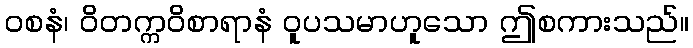
ဝစနံ၊ ဝိတက္ကဝိစာရာနံ ဝူပသမာဟူသော ဤစကားသည်။